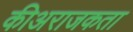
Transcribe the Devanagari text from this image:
कीअराजकता